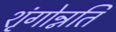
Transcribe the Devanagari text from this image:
शृंगोन्नति